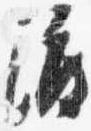
渡